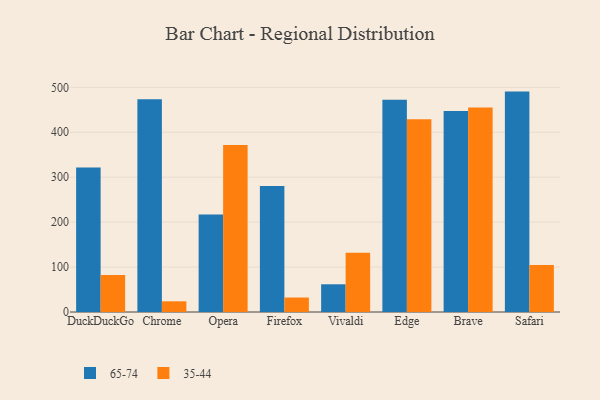
{"axis": {"x": "Browser", "y": "Churn Rate (%)"}, "legend": ["35-44", "65-74"], "data": [{"x": "DuckDuckGo", "y": 321.8, "type": "65-74"}, {"x": "DuckDuckGo", "y": 82.5, "type": "35-44"}, {"x": "Chrome", "y": 473.7, "type": "65-74"}, {"x": "Chrome", "y": 23.8, "type": "35-44"}, {"x": "Opera", "y": 217.2, "type": "65-74"}, {"x": "Opera", "y": 371.4, "type": "35-44"}, {"x": "Firefox", "y": 280.4, "type": "65-74"}, {"x": "Firefox", "y": 32.2, "type": "35-44"}, {"x": "Vivaldi", "y": 61.7, "type": "65-74"}, {"x": "Vivaldi", "y": 131.8, "type": "35-44"}, {"x": "Edge", "y": 472.5, "type": "65-74"}, {"x": "Edge", "y": 428.9, "type": "35-44"}, {"x": "Brave", "y": 447.5, "type": "65-74"}, {"x": "Brave", "y": 454.9, "type": "35-44"}, {"x": "Safari", "y": 490.5, "type": "65-74"}, {"x": "Safari", "y": 104.8, "type": "35-44"}]}